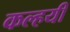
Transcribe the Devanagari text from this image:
कल्हयी